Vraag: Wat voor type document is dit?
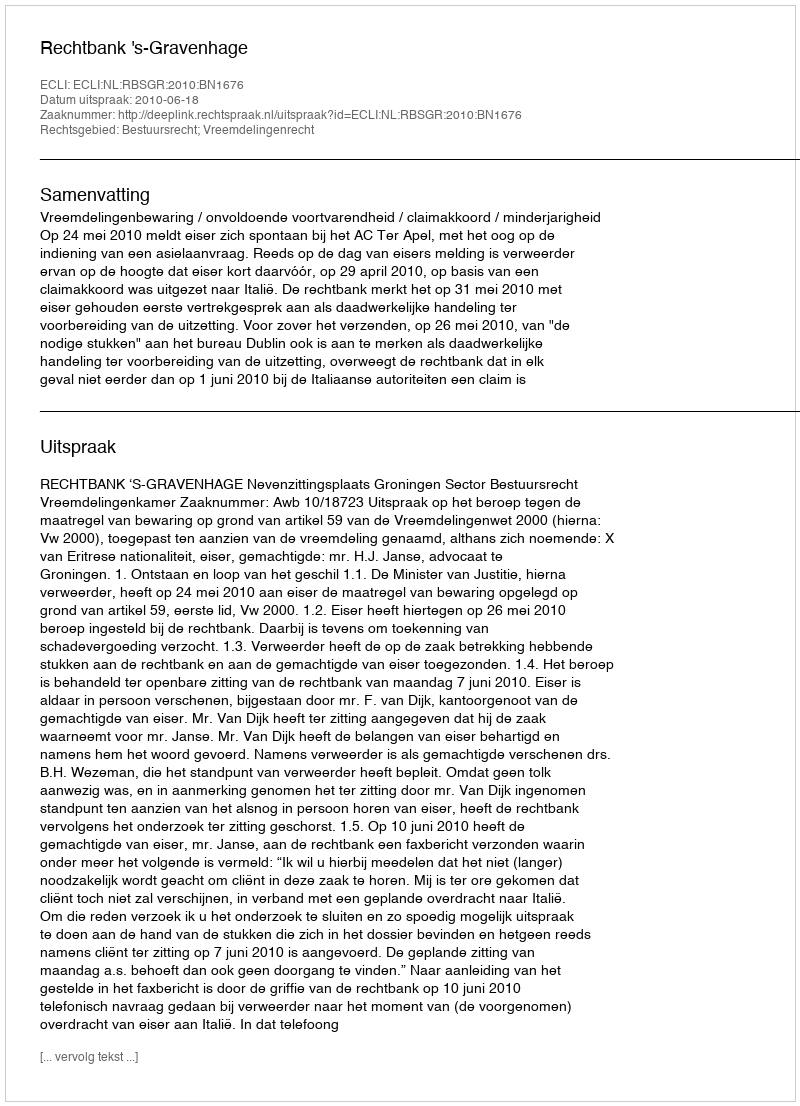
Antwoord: Uitspraak